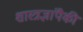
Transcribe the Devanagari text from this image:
शास्त्रज्ञांपैकी